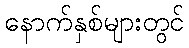
နောက်နှစ်များတွင်